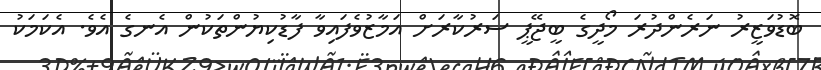
ބޮޑުވަޒީރު ނަރެންދުރަ މޯދީގެ ބީޖޭޕީ ސަރުކާރަށް އަމާޒުވެފައިވާ ފާޑުކިޔުންތަކުން އެނގެ އެވެ. އެކަމަކު